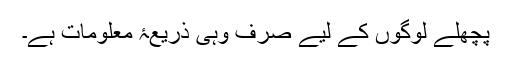
پچھلے لوگوں کے لیے صرف وہی ذریعۂ معلومات ہے۔